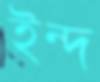
ইন্দ